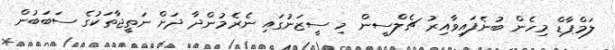
ލަމްޕާޑް މިހެން ބުނެފައިވާއިރު ޗެލްސީން މި ސީޒަނުގައި ނެރެމުންދާ ދަށް ނަތީޖާތަކުގެ ސަބަބުން